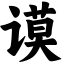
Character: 谟